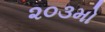
૨૦૩મો